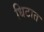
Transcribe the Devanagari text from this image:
धिटात